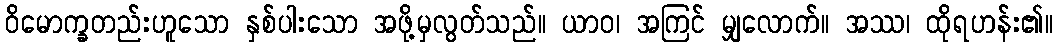
ဝိမောက္ခတည်းဟူသော နှစ်ပါးသော အဖို့မှလွတ်သည်။ ယာဝ၊ အကြင် မျှလောက်။ အဿ၊ ထိုရဟန်း၏။